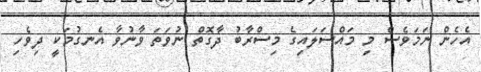
އެހެން ނަމަވެސް މި މައްސަލައިގެ މިސްރާބު ދާގޮތް ނުވަތަ ވާނުވާ އެނގުމަކީ ދިވެހި